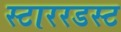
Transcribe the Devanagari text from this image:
स्टाररडस्ट